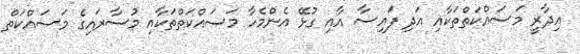
އިދާރީ މަސައްކަތްތަކާއި އަދި ފައިސާ އާއި ގުޅޭ އެންމެހާ މަސައްކަތްތަކާއި މުސާރައިގެ މަސައްކަތް